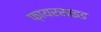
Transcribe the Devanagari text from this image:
फ़ायरसाइड